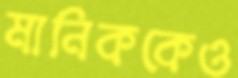
মানিককেও